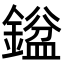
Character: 𮢼